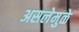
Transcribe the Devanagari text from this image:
असलेमुळे